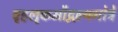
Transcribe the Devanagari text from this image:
वृहलृकमौद्गल्यगोत्रे